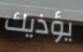
يؤذيك